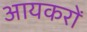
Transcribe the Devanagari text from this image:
आयकरों